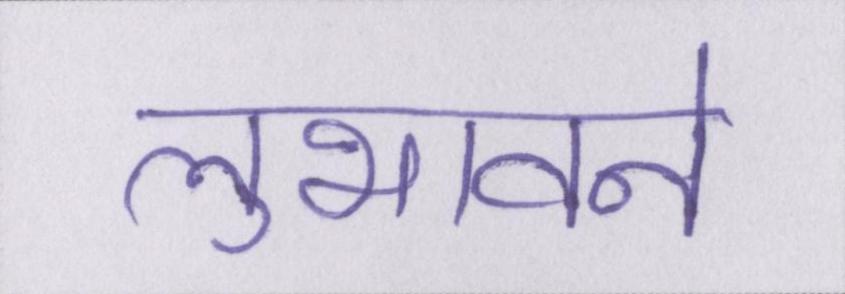
लुभावने